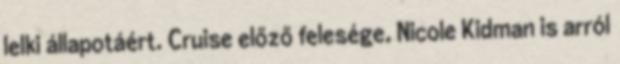
lelki állapotáért. Cruise előző felesége, Nicole Kidman is arról